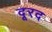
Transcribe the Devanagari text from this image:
दूरद